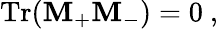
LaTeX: \mathrm{Tr}({\mathbf M}_{+}{\mathbf M}_{-})=0\ ,